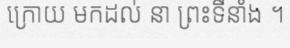
ក្រោយ មកដល់ នា ព្រះទីនាំង ។